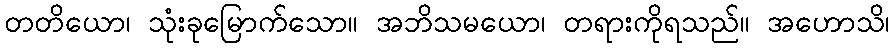
တတိယော၊ သုံးခုမြောက်သော။ အဘိသမယော၊ တရားကိုရသည်။ အဟောသိ၊